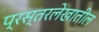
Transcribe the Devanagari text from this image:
प्रस्तरलेखातील